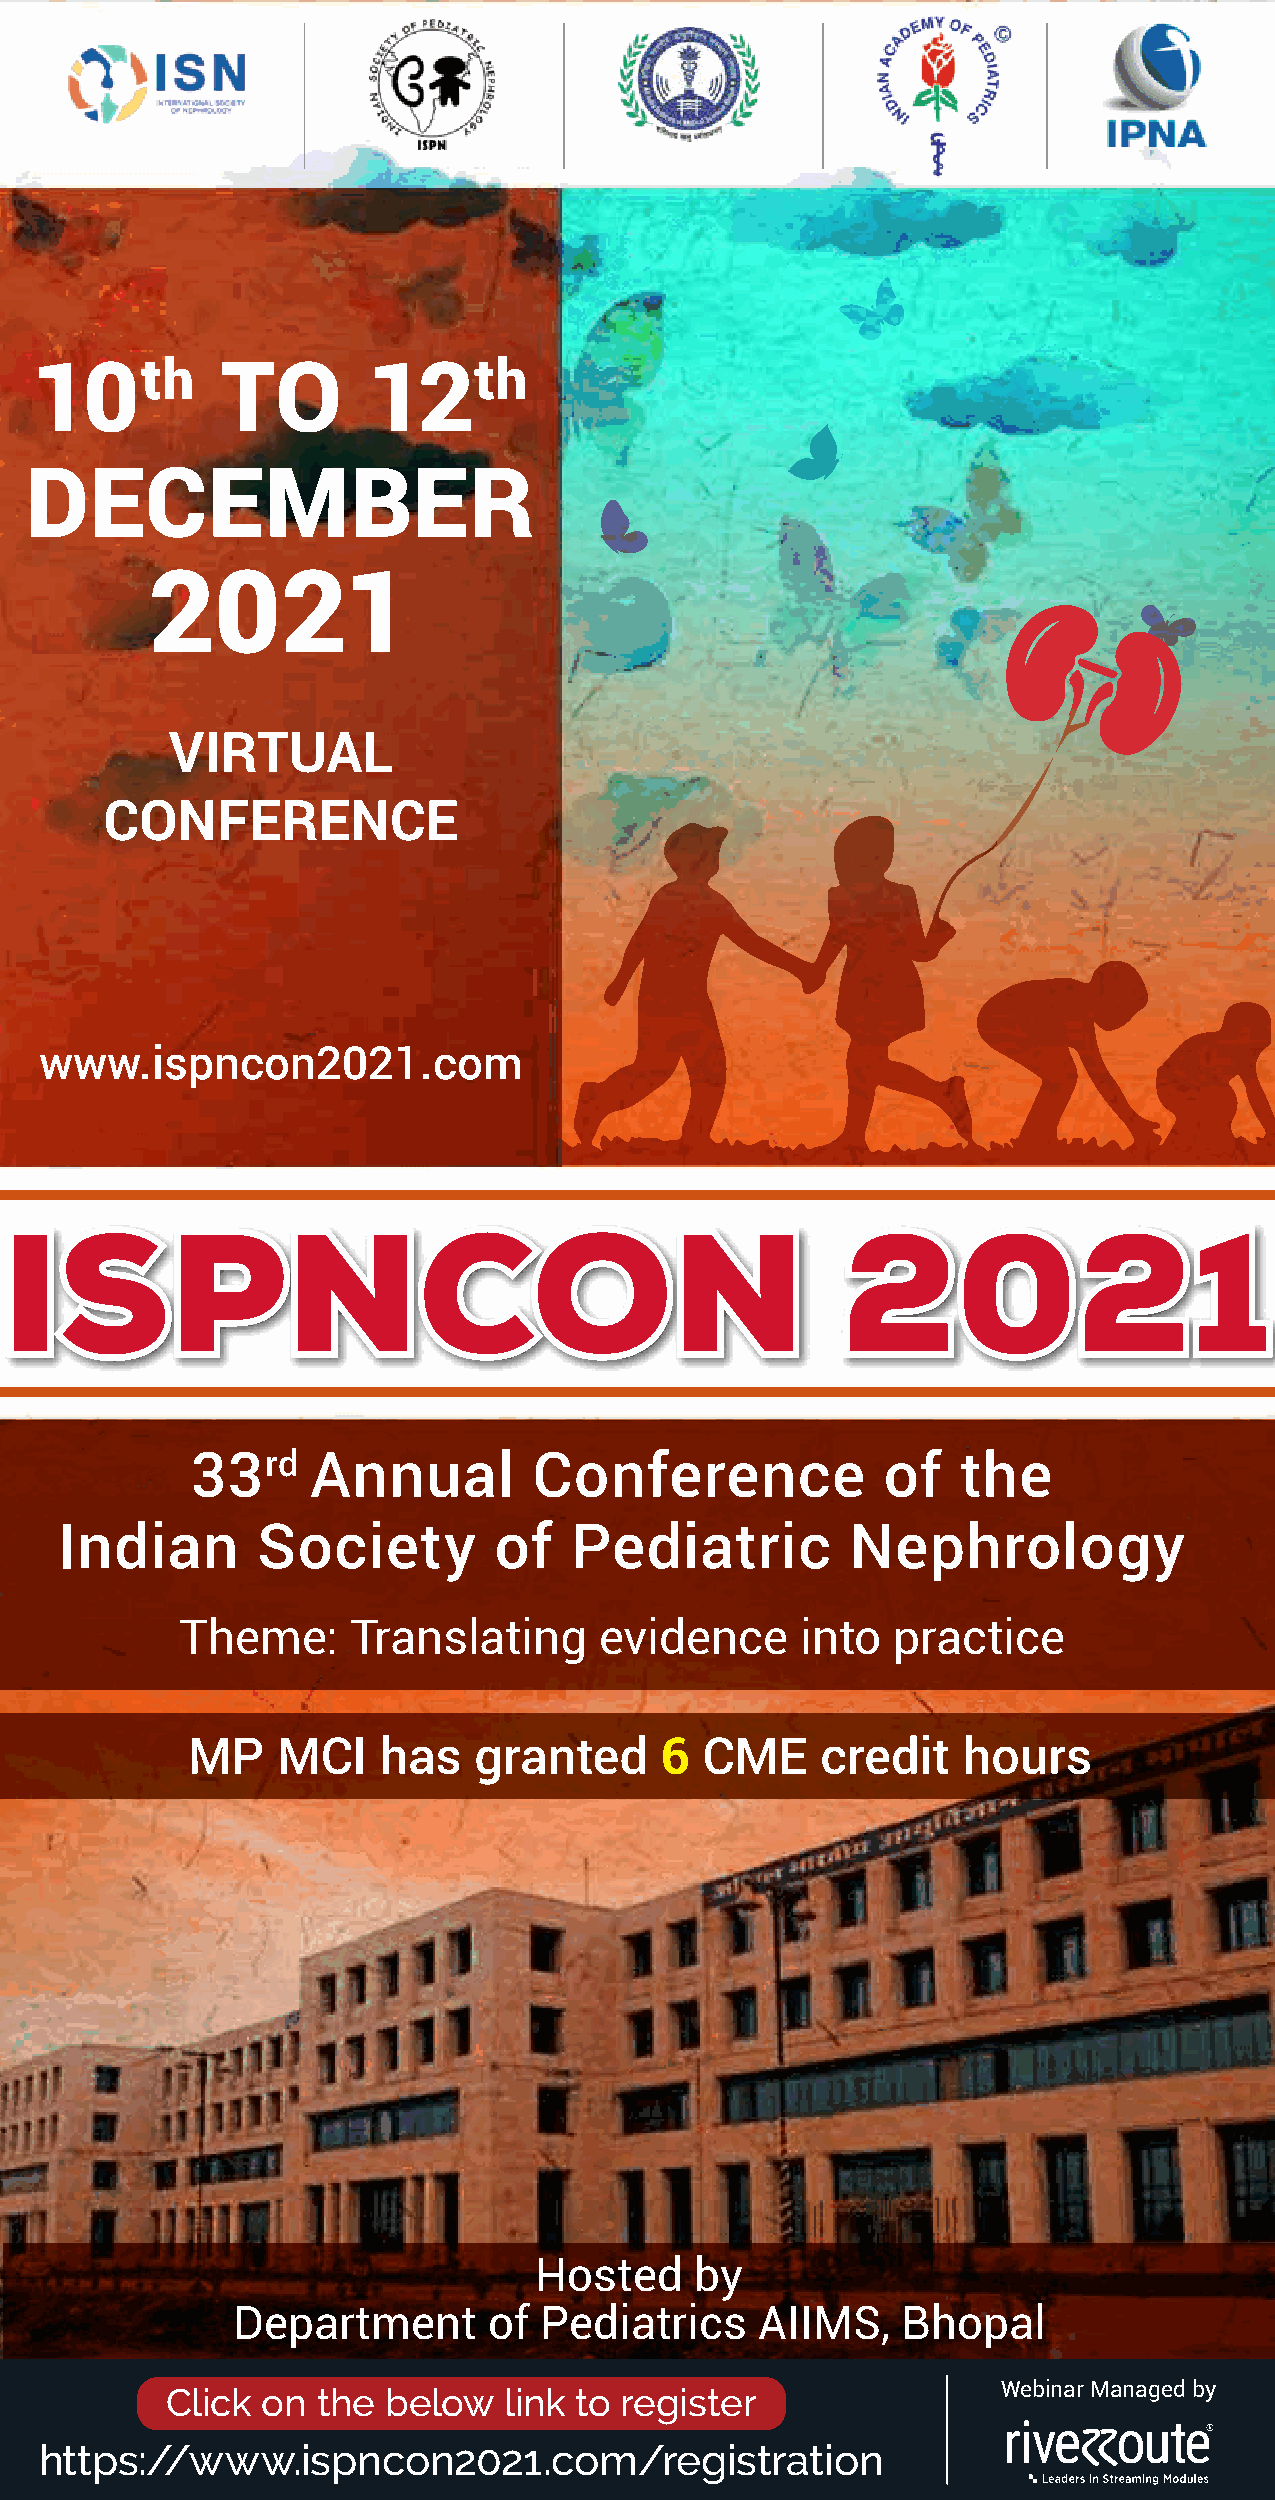
10th         TO       12th
 DECEMBER
 2021
 VIRTUAL
 CONFERENCE
 www.ispncon2021.com
 ISPNCON                                                 2021
 33rd    Annual        Conference              of   the
 Indian       Society         of   Pediatric         Nephrology
 Theme:     Translating      evidence     into  practice
 MP    MCI    has   granted      6  CME    credit    hours
 Hosted     by
 Department       of  Pediatrics    AIIMS,    Bhopal
 Click on  the below   link to register                 Webinar Managed by
 https://www.ispncon2021.com/registration